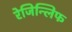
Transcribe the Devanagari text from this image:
रेजिन्लिफ